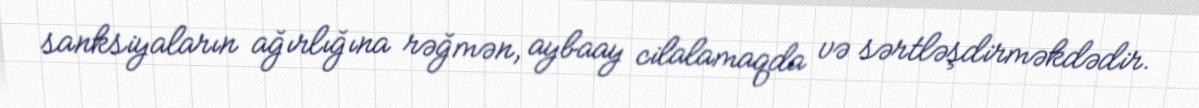
sanksiyaların ağırlığına rəğmən, aybaay cilalamaqda və sərtləşdirməkdədir.